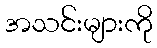
အသင်းများကို